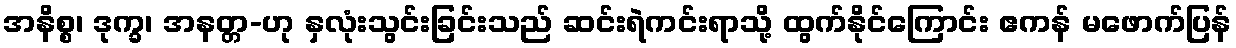
အနိစ္စ၊ ဒုက္ခ၊ အနတ္တ-ဟု နှလုံးသွင်းခြင်းသည် ဆင်းရဲကင်းရာသို့ ထွက်နိုင်ကြောင်း ဧကန် မဖောက်ပြန်